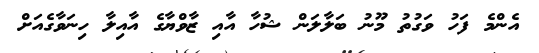
އެންމެ ފަހު ވަގުތު މޫނު ބަލާލަން ޝުހާ އާއި ޒާވްޔާގެ އާއިލާ ހިނަވާގެއަށް